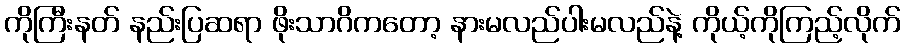
ကိုကြီးနတ် နည်းပြဆရာ ဖိုးသာဂိကတော့ နားမလည်ပါးမလည်နဲ့ ကိုယ့်ကိုကြည့်လိုက်